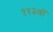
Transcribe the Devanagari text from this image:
११३वॉ